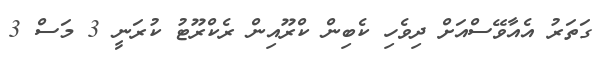
ގަތަރު އެއާވޭސްއަށް ދިވެހި ކެބިން ކްރޫއިން ރެކްރޫޓު ކުރަނީ 3 މަސް 3